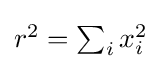
{\textstyle r^{2}=\sum _{i}x_{i}^{2}}